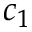
c _ { 1 }